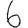
Digit: 6